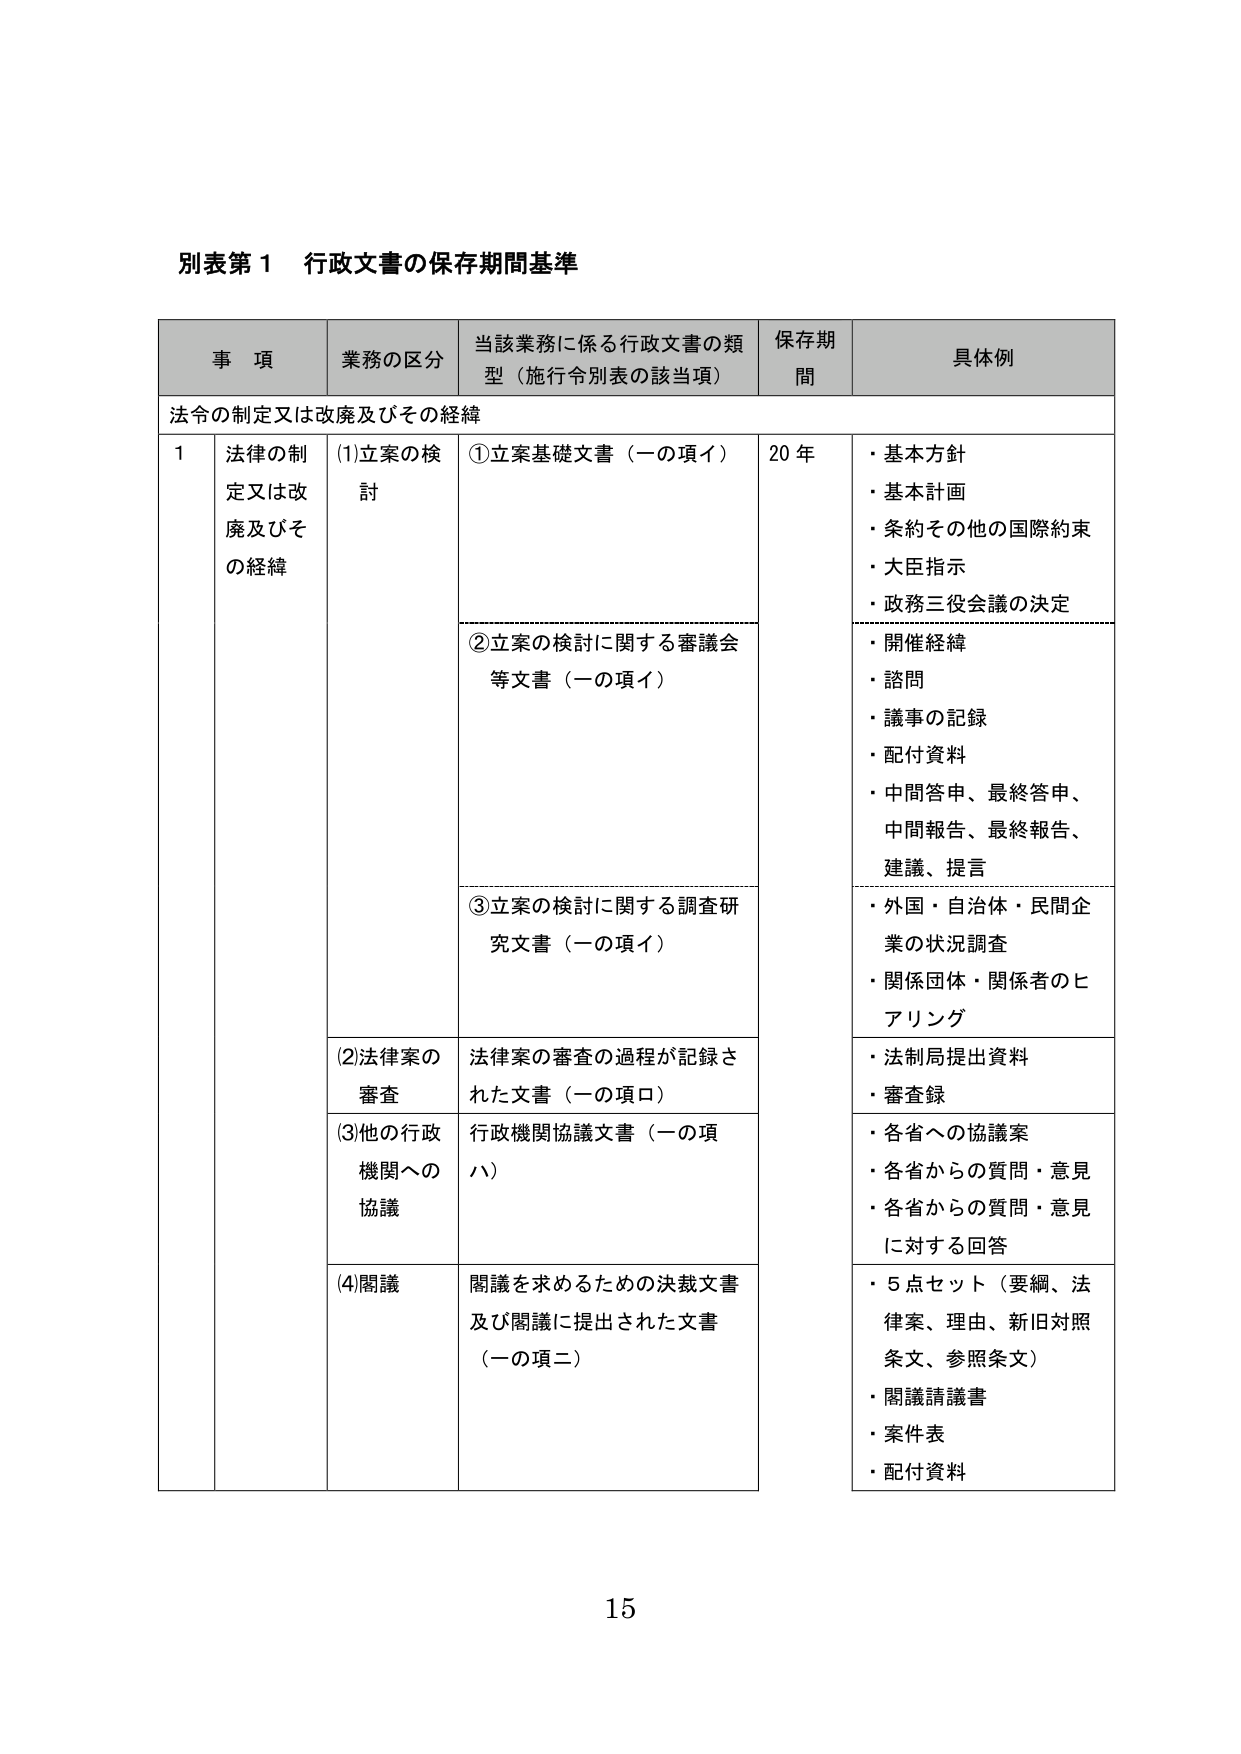
別表第１ 行政文書の保存期間基準

事 項 業務の区分 当該業務に係る行政文書の類型（施行令別表の該当項） 保存期間 具体例

法令の制定又は改廃及びその経緯

1 法律の制定又は改廃及びその経緯 (1)立案の検討 ①立案基礎文書（一の項イ） 20年 ・基本方針 ・基本計画 ・条約その他の国際約束 ・大臣指示 ・政務三役会議の決定

②立案の検討に関する審議会等文書（一の項イ） ・開催経緯 ・諮問 ・議事の記録 ・配付資料 ・中間答申、最終答申、中間報告、最終報告、建議、提言

③立案の検討に関する調査研究文書（一の項イ） ・外国・自治体・民間企業の状況調査 ・関係団体・関係者のヒアリング

(2)法律案の審査 法律案の審査の過程が記録された文書（一の項ロ） ・法制局提出資料 ・審査録

(3)他の行政機関への協議 行政機関協議文書（一の項ハ） ・各省への協議案 ・各省からの質問・意見 ・各省からの質問・意見に対する回答

(4)関議 関議を求めるための決裁文書及び関議に提出された文書（一の項二） ・5点セット（要綱、法律案、理由、新旧対照条文、参照条文） ・関議請議書 ・案件表 ・配付資料

15